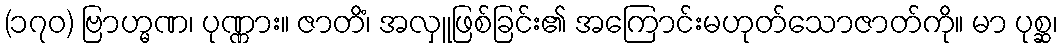
(၁၇၀) ဗြာဟ္မဏ၊ ပုဏ္ဏား။ ဇာတိံ၊ အလှူဖြစ်ခြင်း၏ အကြောင်းမဟုတ်သောဇာတ်ကို။ မာ ပုစ္ဆ၊